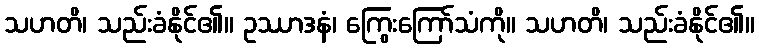
သဟတိ၊ သည်းခံနိုင်၏။ ဥဿာဒနံ၊ ကြွေးကြော်သံကို။ သဟတိ၊ သည်းခံနိုင်၏။